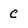
Character: C